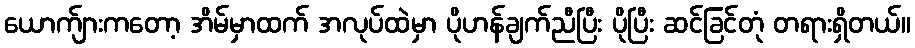
ယောက်ျားကတော့ အိမ်မှာထက် အလုပ်ထဲမှာ ပိုဟန်ချက်ညီပြီး ပိုပြီး ဆင်ခြင်တုံ တရားရှိတယ်။